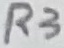
Text: R3